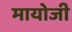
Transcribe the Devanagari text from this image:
मायोजी